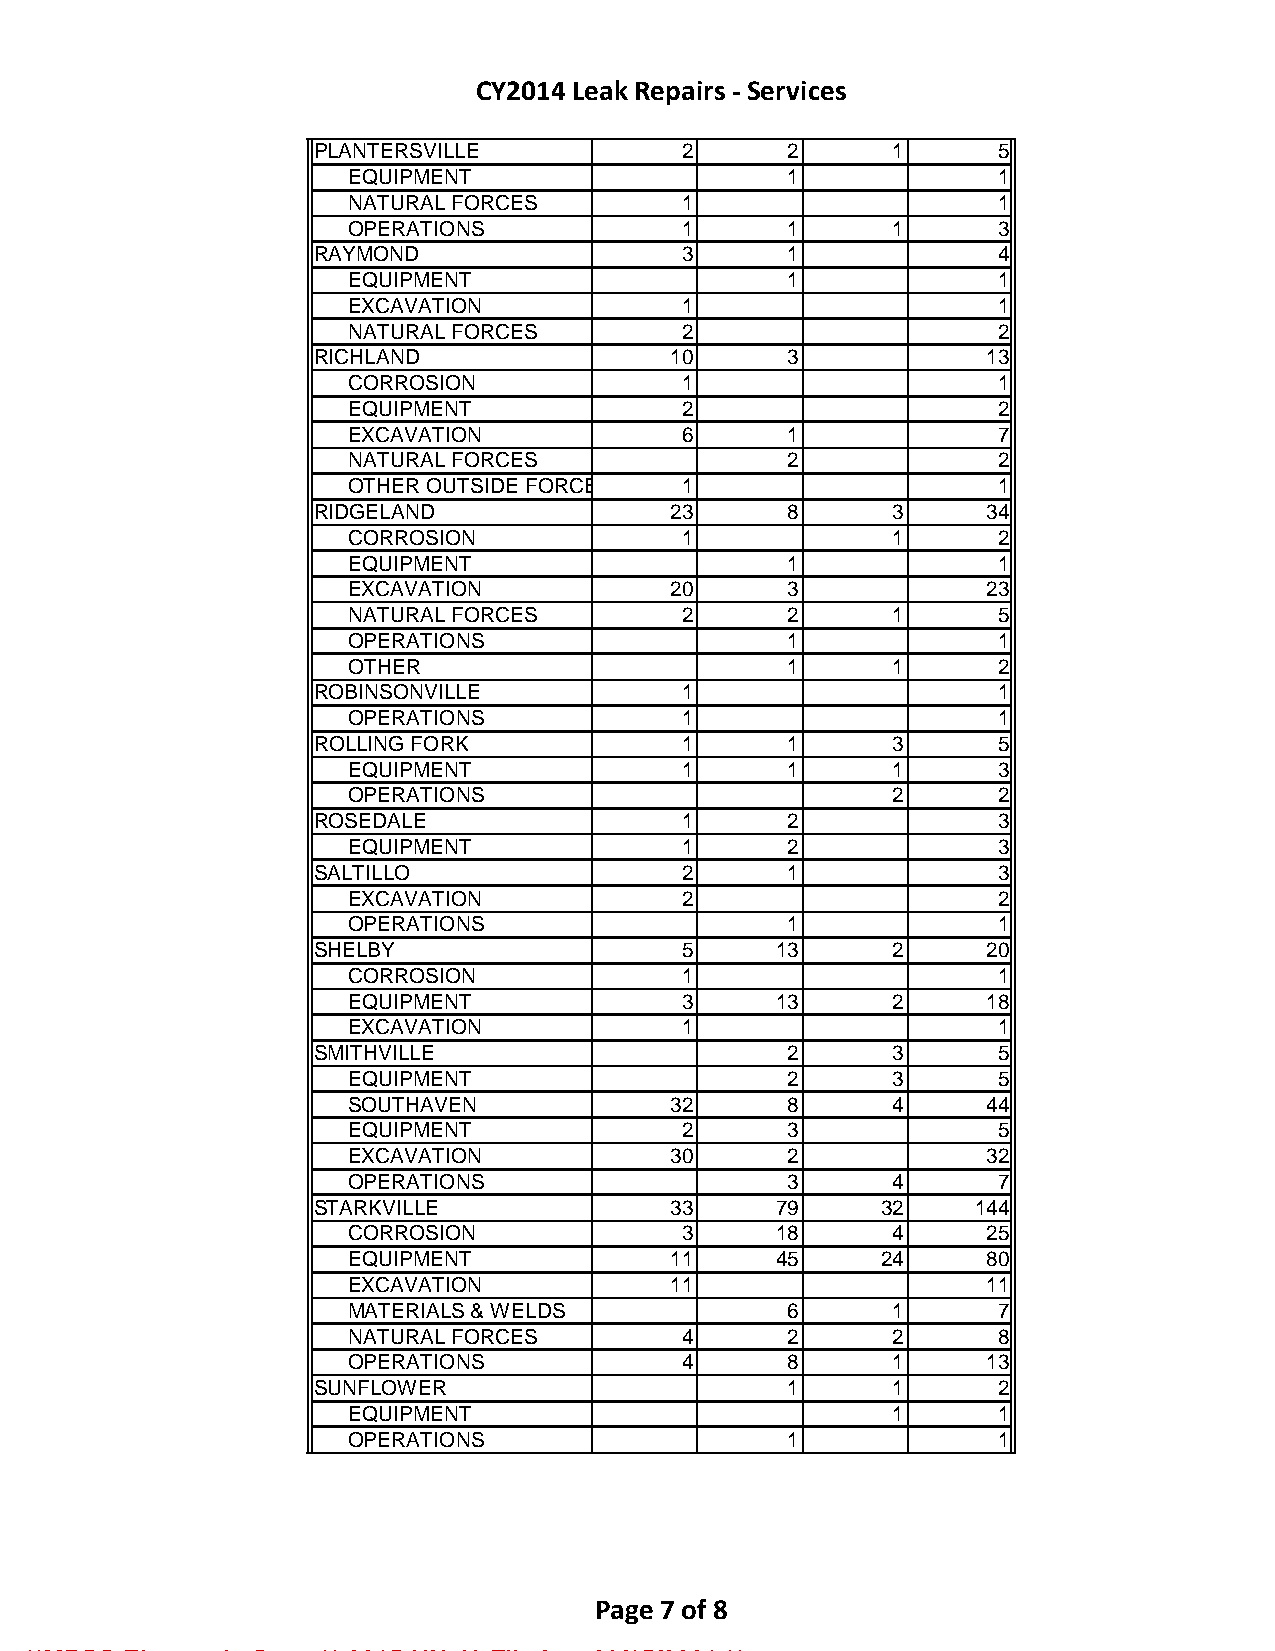
CY2014 Leak Repairs - Services
 PLANTERSVILLE            2      2      1      5
 EQUIPMENT                    1             1
 NATURAL FORCES        1                    1
 OPERATIONS            1      1      1      3
 RAYMOND                  3      1             4
 EQUIPMENT                    1             1
 EXCAVATION            1                    1
 NATURAL FORCES        2                    2
 RICHLAND                10      3            13
 CORROSION             1                    1
 EQUIPMENT             2                    2
 EXCAVATION            6      1             7
 NATURAL FORCES               2             2
 OTHER OUTSIDE FORCE   1                    1
 RIDGELAND               23      8      3     34
 CORROSION             1             1      2
 EQUIPMENT                    1             1
 EXCAVATION           20      3            23
 NATURAL FORCES        2      2      1      5
 OPERATIONS                   1             1
 OTHER                        1      1      2
 ROBINSONVILLE            1                    1
 OPERATIONS            1                    1
 ROLLING FORK             1      1      3      5
 EQUIPMENT             1      1      1      3
 OPERATIONS                          2      2
 ROSEDALE                 1      2             3
 EQUIPMENT             1      2             3
 SALTILLO                 2      1             3
 EXCAVATION            2                    2
 OPERATIONS                   1             1
 SHELBY                   5     13      2     20
 CORROSION             1                    1
 EQUIPMENT             3     13      2     18
 EXCAVATION            1                    1
 SMITHVILLE                      2      3      5
 EQUIPMENT                    2      3      5
 SOUTHAVEN            32      8      4     44
 EQUIPMENT             2      3             5
 EXCAVATION           30      2            32
 OPERATIONS                   3      4      7
 STARKVILLE              33     79     32    144
 CORROSION             3     18      4     25
 EQUIPMENT            11     45     24     80
 EXCAVATION           11                   11
 MATERIALS & WELDS            6      1      7
 NATURAL FORCES        4      2      2      8
 OPERATIONS            4      8      1     13
 SUNFLOWER                       1      1      2
 EQUIPMENT                           1      1
 OPERATIONS                   1             1
 Page 7 of 8
 **MPSC Electronic Copy ** 2015-UN-49 Filed on 03/15/2021 **